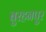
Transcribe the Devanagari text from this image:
बुरहनपुर